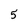
Character: 5